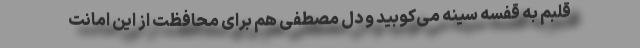
قلبم به قفسه سینه می‌کوبید و دل مصطفی هم برای محافظت از این امانت